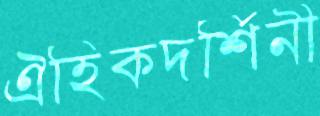
ঐহিকদর্শিনী